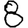
Digit: 8